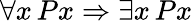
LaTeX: \forall x\, Px\Rightarrow\exists x\, Px